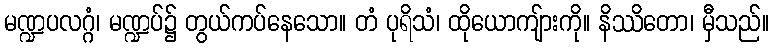
မဏ္ဍပလဂ္ဂံ၊ မဏ္ဍပ်၌ တွယ်ကပ်နေသော။ တံ ပုရိသံ၊ ထိုယောကျ်ားကို။ နိဿိတော၊ မှီသည်။